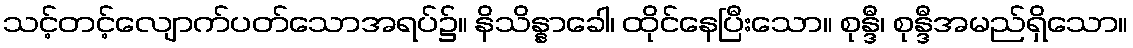
သင့်တင့်လျောက်ပတ်သောအရပ်၌။ နိသိန္နာခေါ၊ ထိုင်နေပြီးသော။ စုန္ဒီ၊ စုန္ဒီအမည်ရှိသော။